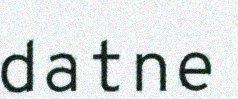
datne